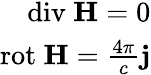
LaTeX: \begin{array}{r}{\textrm{div}\ \textbf{H}=0}\\ {\textrm{rot}\ \textbf{H}=\frac{4\pi}{c}\textbf{j}}\end{array}